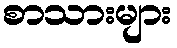
စာသားများ